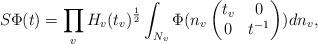
LaTeX: \begin{align*}S\Phi(t)=\prod_vH_v(t_v)^\frac{1}{2}\int_{N_v}\Phi(n_v\begin{pmatrix}t_v&0\\0&t^{-1}\end{pmatrix})dn_v,\end{align*}